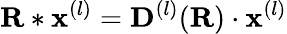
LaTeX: \mathbf{R}*\mathbf{x}^{(l)}=\mathbf{D}^{(l)}(\mathbf{R})\cdot\mathbf{x}^{(l)}